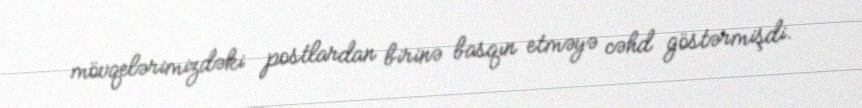
mövqelərimizdəki postlardan birinə basqın etməyə cəhd göstərmişdi.